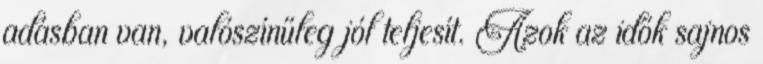
adásban van, valószínűleg jól teljesít. Azok az idők sajnos